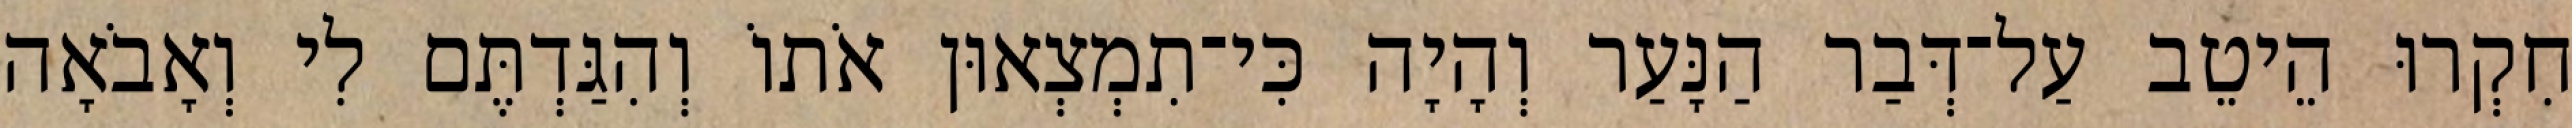
חִקְרוּ הֵיטֵב עַל־דְּבַר הַנָּעַר וְהָיָה כִּי־תִמְצְאוּן אֹתוֹ וְהִגַּדְתֶּם לִי וְאָבֹאָה